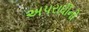
અપરાધીની